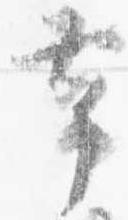
帯